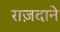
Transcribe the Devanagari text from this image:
राज़दाने